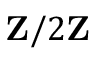
\mathbf { Z } / 2 \mathbf { Z }